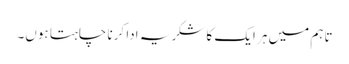
تاہم میں ہر ایک کا شکریہ ادا کرنا چاہتا ہوں۔